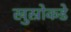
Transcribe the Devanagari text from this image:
खुस्रोकडे